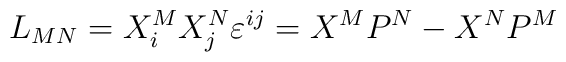
L_{MN}=X_i^MX_j^N\varepsilon ^{ij}=X^MP^N-X^NP^M